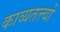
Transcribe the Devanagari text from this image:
काव्यतत्त्वों